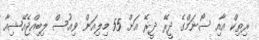
ރިތިކް އާއި ސޯނަމްގެ ދީރޭ ދީރޭ އަށް 55 މިލިއަން ވިއުސް ލިބިއްޖެއޭޝިއާ